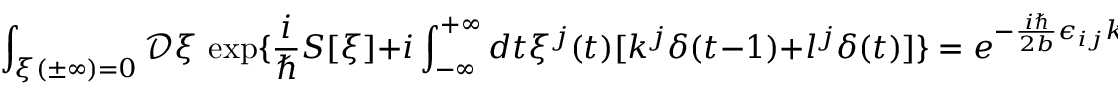
\int _ { \xi ( \pm \infty ) = 0 } { \mathcal D } \xi \, \exp \{ \frac { i } { \hbar } S [ \xi ] + i \int _ { - \infty } ^ { + \infty } d t \xi ^ { j } ( t ) [ k ^ { j } \delta ( t - 1 ) + l ^ { j } \delta ( t ) ] \} = e ^ { - \frac { i \hbar } { 2 b } \epsilon _ { i j } k ^ { i } l ^ { j } } \; .